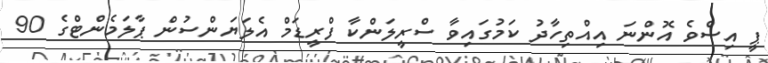
ޕީ އިސްވެ އޮންނަ އިއްތިހާދު ކަމުގައިވާ ސްރީލަންކާ ފްރީޑަމް އެލަޔަންސުން ޕާލަމެންޓްގެ 90